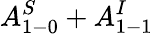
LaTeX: A_{1-0}^{S}+A_{1-1}^{I}